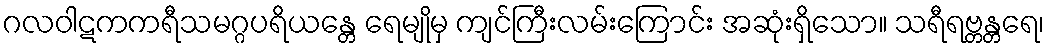
ဂလဝါဋကကရီသမဂ္ဂပရိယန္တေ ရေမျိုမှ ကျင်ကြီးလမ်းကြောင်း အဆုံးရှိသော။ သရီရဗ္တန္တရေ၊